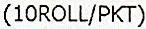
(10ROLL/PKT)